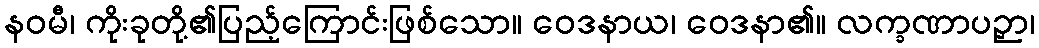
နဝမီ၊ ကိုးခုတို့၏ပြည့်ကြောင်းဖြစ်သော။ ဝေဒနာယ၊ ဝေဒနာ၏။ လက္ခဏာပဉှာ၊